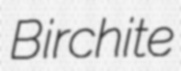
Birchite